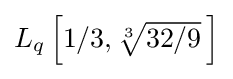
{\textstyle L_{q}\left[1/3,{\sqrt[{3}]{32/9}}\,\right]}